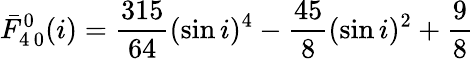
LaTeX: \bar{F}_{4\, 0}^{0}(i)=\frac{315}{64}(\sin i)^{4}-\frac{45}{8}(\sin i)^{2}+\frac{9}{8}